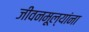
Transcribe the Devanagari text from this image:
जीवनमूल्यांना